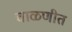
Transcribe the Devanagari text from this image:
चाळणीत